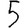
Digit: 5